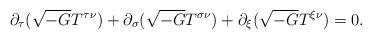
LaTeX: \begin{align*}\partial_{\tau}(\sqrt{-G}T^{\tau\nu}) +\partial_{\sigma}(\sqrt{-G}T^{\sigma\nu}) + \partial_{\xi}(\sqrt{-G}T^{\xi\nu}) =0.\end{align*}